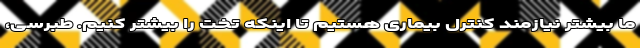
ما بیشتر نیازمند کنترل بیماری هستیم تا اینکه تخت را بیشتر کنیم. طبرسی،